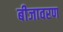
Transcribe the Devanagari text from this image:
बीजावरण